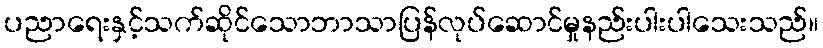
ပညာရေးနှင့်သက်ဆိုင်သောဘာသာပြန်လုပ်ဆောင်မှုနည်းပါးပါသေးသည်။